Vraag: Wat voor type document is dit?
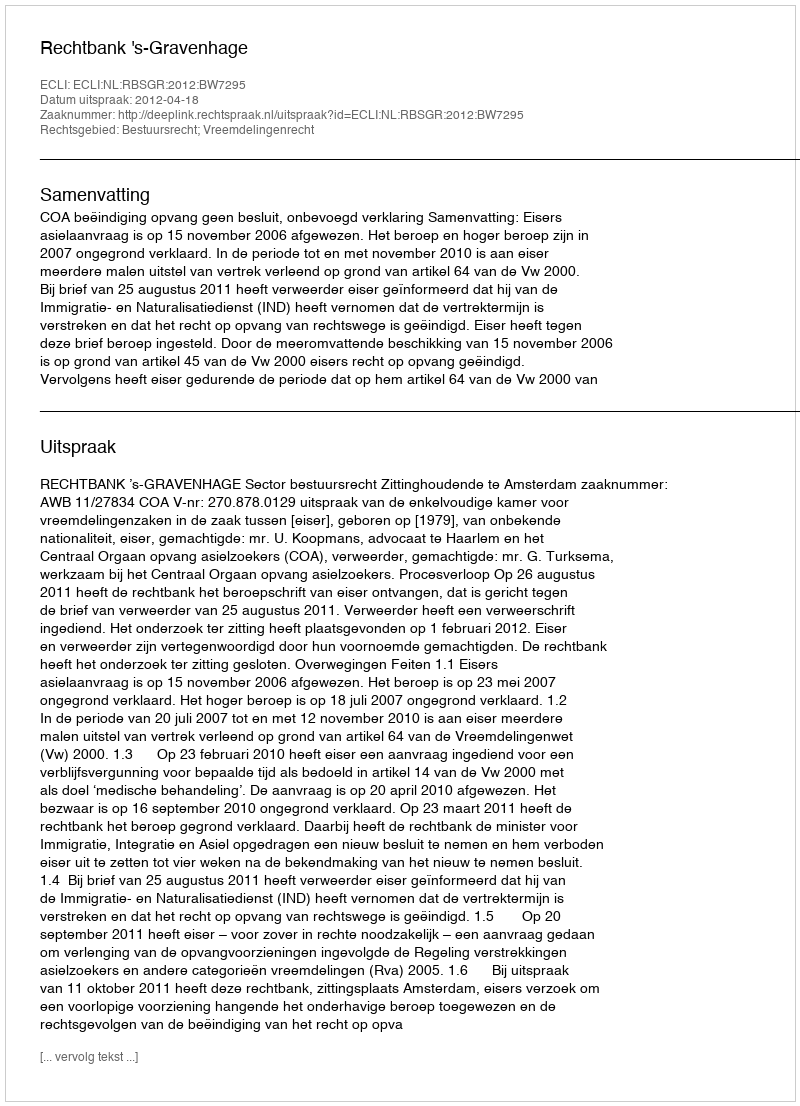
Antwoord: Uitspraak